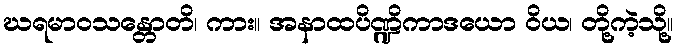
ဃရမာဝသန္တောတိ၊ ကား။ အနာထပိဏ္ဍိကာဒယော ဝိယ၊ တို့ကဲ့သို့။